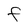
Character: f